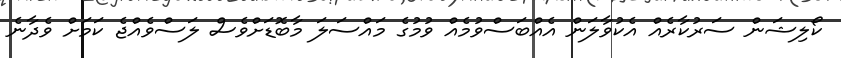
ކޯލިޝަން ސަރުކާރެއް އެކުވާލަން އެއްބަސްވުމެއް ވުމުގެ މައްސަލަ މާބޮޑަށްވެސް ލަސްވެއްޖެ ކަމަށް ވެދާނެ